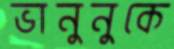
ভানুনুকে